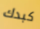
كبدك